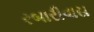
રબારીવાસ